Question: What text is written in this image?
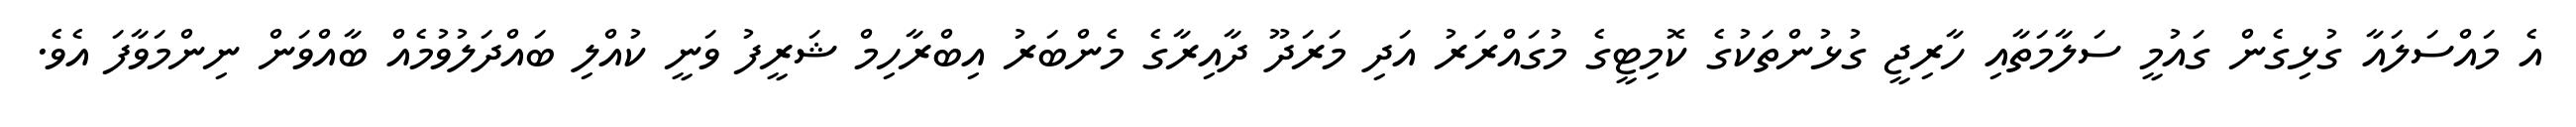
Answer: އެ މައްސަލައާ ގުޅިގެން ގައުމީ ސަލާމަތާއި ހާރިޖީ ގުޅުންތަކުގެ ކޮމިޓީގެ މުގައްރަރު އަދި މަރަދޫ ދާއިރާގެ މެންބަރު އިބްރާހިމް ޝަރީފު ވަނީ ކުއްލި ބައްދަލުވުމެއް ބާއްވަން ނިންމަވާފަ އެވެ.